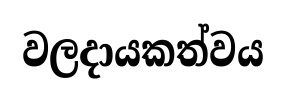
වලදායකත්වය